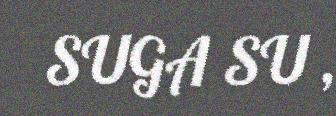
SUGA SU ,